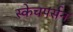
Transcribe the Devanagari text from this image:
स्केचपर्सन